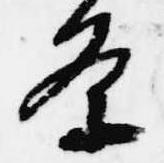
条